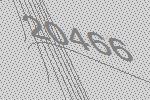
20466